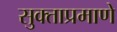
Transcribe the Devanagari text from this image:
सुक्ताप्रमाणे